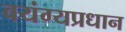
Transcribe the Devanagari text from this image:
वयंग्यप्रधान